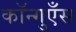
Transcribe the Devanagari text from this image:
कॉन्गुएँस